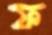
ফ